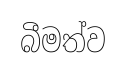
බීමත්ව